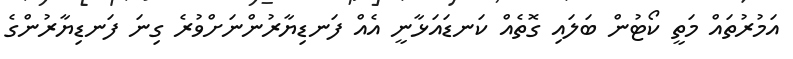
އަމުރުތައް މަތީ ކޯޓުން ބަލައި ގޮތެއް ކަނޑައަޅާނީ އެއް ފަނޑިޔާރުންނަށްވުރެ ގިނަ ފަނޑިޔާރުންގެ